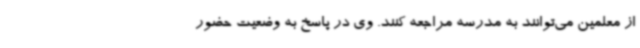
از معلمین می‌توانند به مدرسه مراجعه کنند. وی در پاسخ به وضعیت حضور